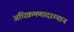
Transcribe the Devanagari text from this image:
अधिक्रमणादरम्यान